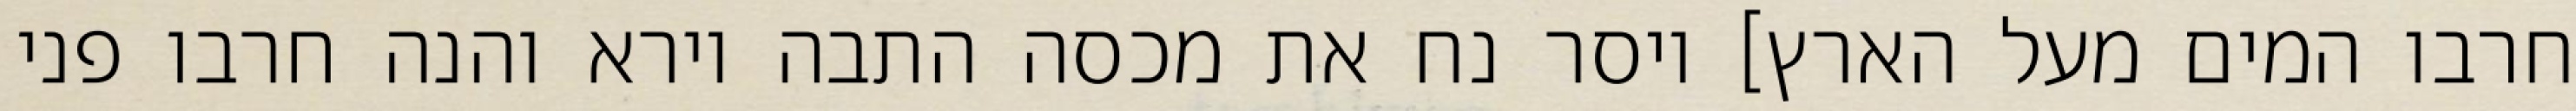
חרבו המים מעל הארץ] ויסר נח את מכסה התבה וירא והנה חרבו פני